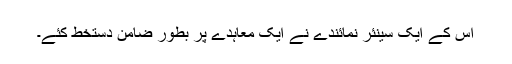
اس کے ایک سینئر نمائندے نے ایک معاہدے پر بطور ضامن دستخط کئے۔